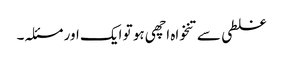
غلطی سے تنخواہ اچھی ہو تو ایک اور مسئلہ۔